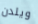
ويلدن